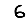
Digit: 6